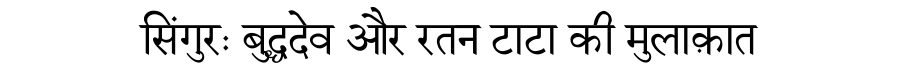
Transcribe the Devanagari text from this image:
सिंगुरः बुद्धदेव और रतन टाटा की मुलाक़ात